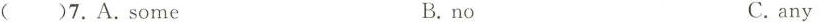
()7.A.Some B.no C.any